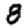
Digit: 8